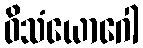
ဝိသံယောဂေါ